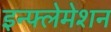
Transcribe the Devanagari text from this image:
इन्फ्लेमेशन